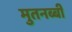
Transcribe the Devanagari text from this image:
मुतनब्बी